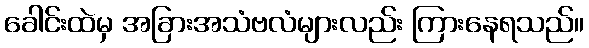
ခေါင်းထဲမှ အခြားအသံဗလံများလည်း ကြားနေရသည်။